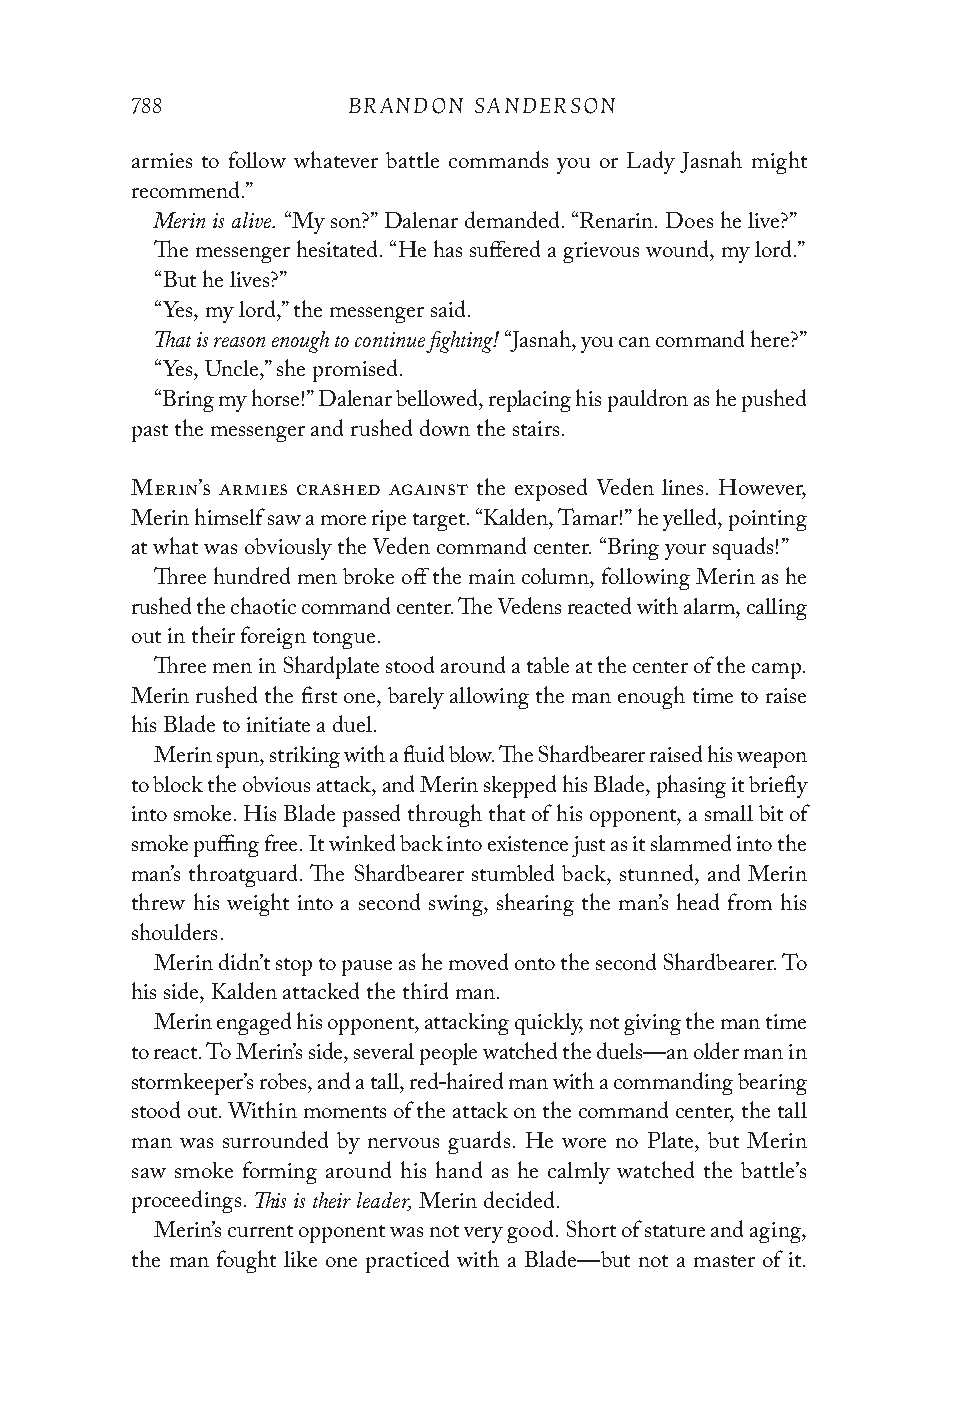
788           BRANDON SANDERSON
 armies to follow whatever battle commands you or Lady Jasnah might
 recommend.”
 Merin is alive.
 “My son?” Dalenar demanded. “Renarin. Does he live?”
 The messenger hesitated. “He has suffered a grievous wound, my lord.”
 “But he lives?”
 “Yes, my lord,” the messenger said.
 That is reason enough to continue fighting!
 “Jasnah, you can command here?”
 “Yes, Uncle,” she promised.
 “Bring my horse!” Dalenar bellowed, replacing his pauldron as he pushed
 past the messenger and rushed down the stairs.
 Merin’s armies crashed against the exposed Veden lines. However,
 Merin himself saw a more ripe target. “Kalden, Tamar!” he yelled, pointing
 at what was obviously the Veden command center. “Bring your squads!”
 Three hundred men broke off the main column, following Merin as he
 rushed the chaotic command center. The Vedens reacted with alarm, calling
 out in their foreign tongue.
 Three men in Shardplate stood around a table at the center of the camp.
 Merin rushed the first one, barely allowing the man enough time to raise
 his Blade to initiate a duel.
 Merin spun, striking with a fluid blow. The Shardbearer raised his weapon
 to block the obvious attack, and Merin skepped his Blade, phasing it briefly
 into smoke. His Blade passed through that of his opponent, a small bit of
 smoke puffing free. It winked back into existence just as it slammed into the
 man’s throatguard. The Shardbearer stumbled back, stunned, and Merin
 threw his weight into a second swing, shearing the man’s head from his
 shoulders.
 Merin didn’t stop to pause as he moved onto the second Shardbearer. To
 his side, Kalden attacked the third man.
 Merin engaged his opponent, attacking quickly, not giving the man time
 to react. To Merin’s side, several people watched the duels—an older man in
 stormkeeper’s robes, and a tall, red-haired man with a commanding bearing
 stood out. Within moments of the attack on the command center, the tall
 man was surrounded by nervous guards. He wore no Plate, but Merin
 saw smoke forming around his hand as he calmly watched the battle’s
 This is their leader,
 proceedings.       Merin decided.
 Merin’s current opponent was not very good. Short of stature and aging,
 the man fought like one practiced with a Blade—but not a master of it.